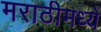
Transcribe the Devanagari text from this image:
मराठीमध्यें